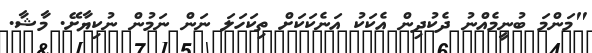
"މަންމަ ބުނީމެއްނު ދެކުދިން އެކަކު އަނެކަކަށް ތިކަހަލަ ނަން ނަމުން ނުކިޔާށޭ. މާޝާ.